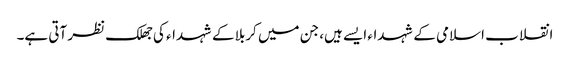
انقلاب اسلامی کے شہداء ایسے ہیں، جن میں کربلا کے شہداء کی جھلک نظر آتی ہے۔